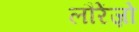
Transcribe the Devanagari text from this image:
लौरेंज़ो